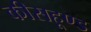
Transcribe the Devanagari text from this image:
कीसहूण्ड